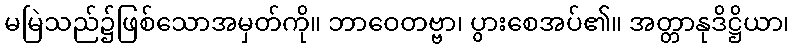
မမြဲသည်၌ဖြစ်သောအမှတ်ကို။ ဘာဝေတဗ္ဗာ၊ ပွားစေအပ်၏။ အတ္တာနုဒိဋ္ဌိယာ၊